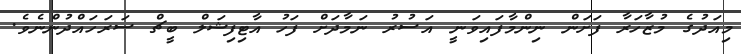
މިއަދުގެ މުޒާހަރާ ފަށަން ނިންމާފައިވަނީ އަސުރު ނަމާދަށް ފަހު އާޓިފިޝަލް ބީޗް ސަރަހައްދުންނެވެ.